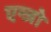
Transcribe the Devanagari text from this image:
एन्जो